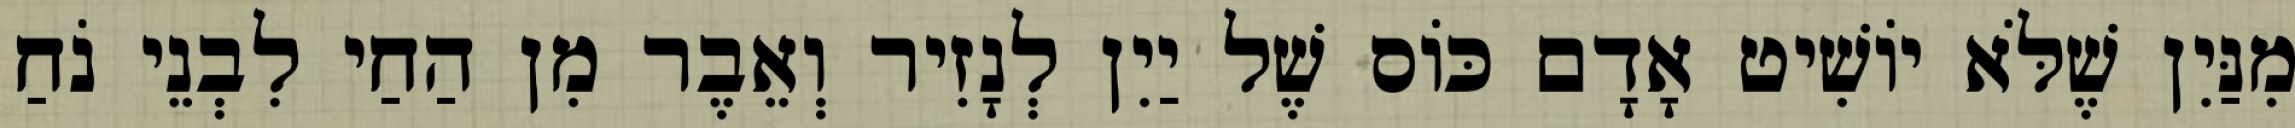
מִנַּיִן שֶׁלֹּא יוֹשִׁיט אָדָם כּוֹס שֶׁל יַיִן לְנָזִיר וְאֵבֶר מִן הַחַי לִבְנֵי נֹחַ